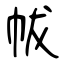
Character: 帗